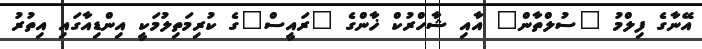
އޭނާގެ ފިލްމު "ސުލްތާން" އާއި ޝާހްރުކް ޚާންގެ "ރައީސް"ގެ ކުރިމަތިލުމަކީ އިންޑިއާގައި އިތުރު